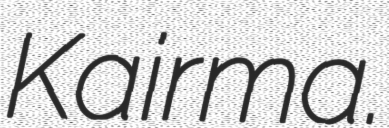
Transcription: Kairma.